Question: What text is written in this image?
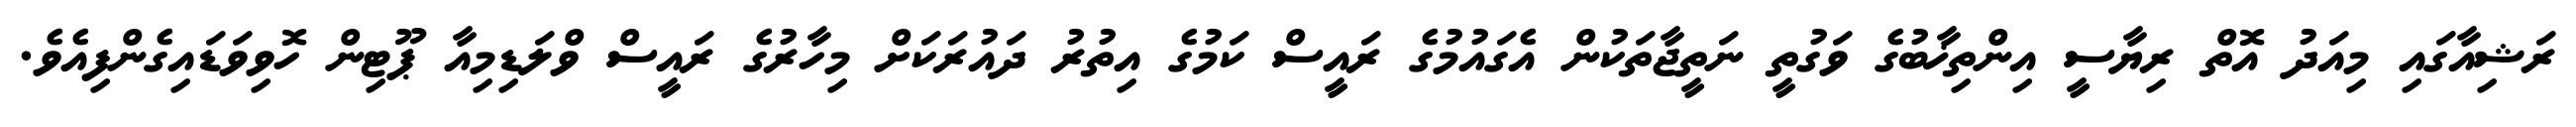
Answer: ރަޝިއާގައި މިއަދު އޮތް ރިޔާސީ އިންތިޚާބުގެ ވަގުތީ ނަތީޖާތަކުން އެގައުމުގެ ރައީސް ކަމުގެ އިތުރު ދައުރަކަށް މިހާރުގެ ރައީސް ވްލަޑިމިއާ ޕޫޓިން ހޮވިވަޑައިގެންފިއެވެ.